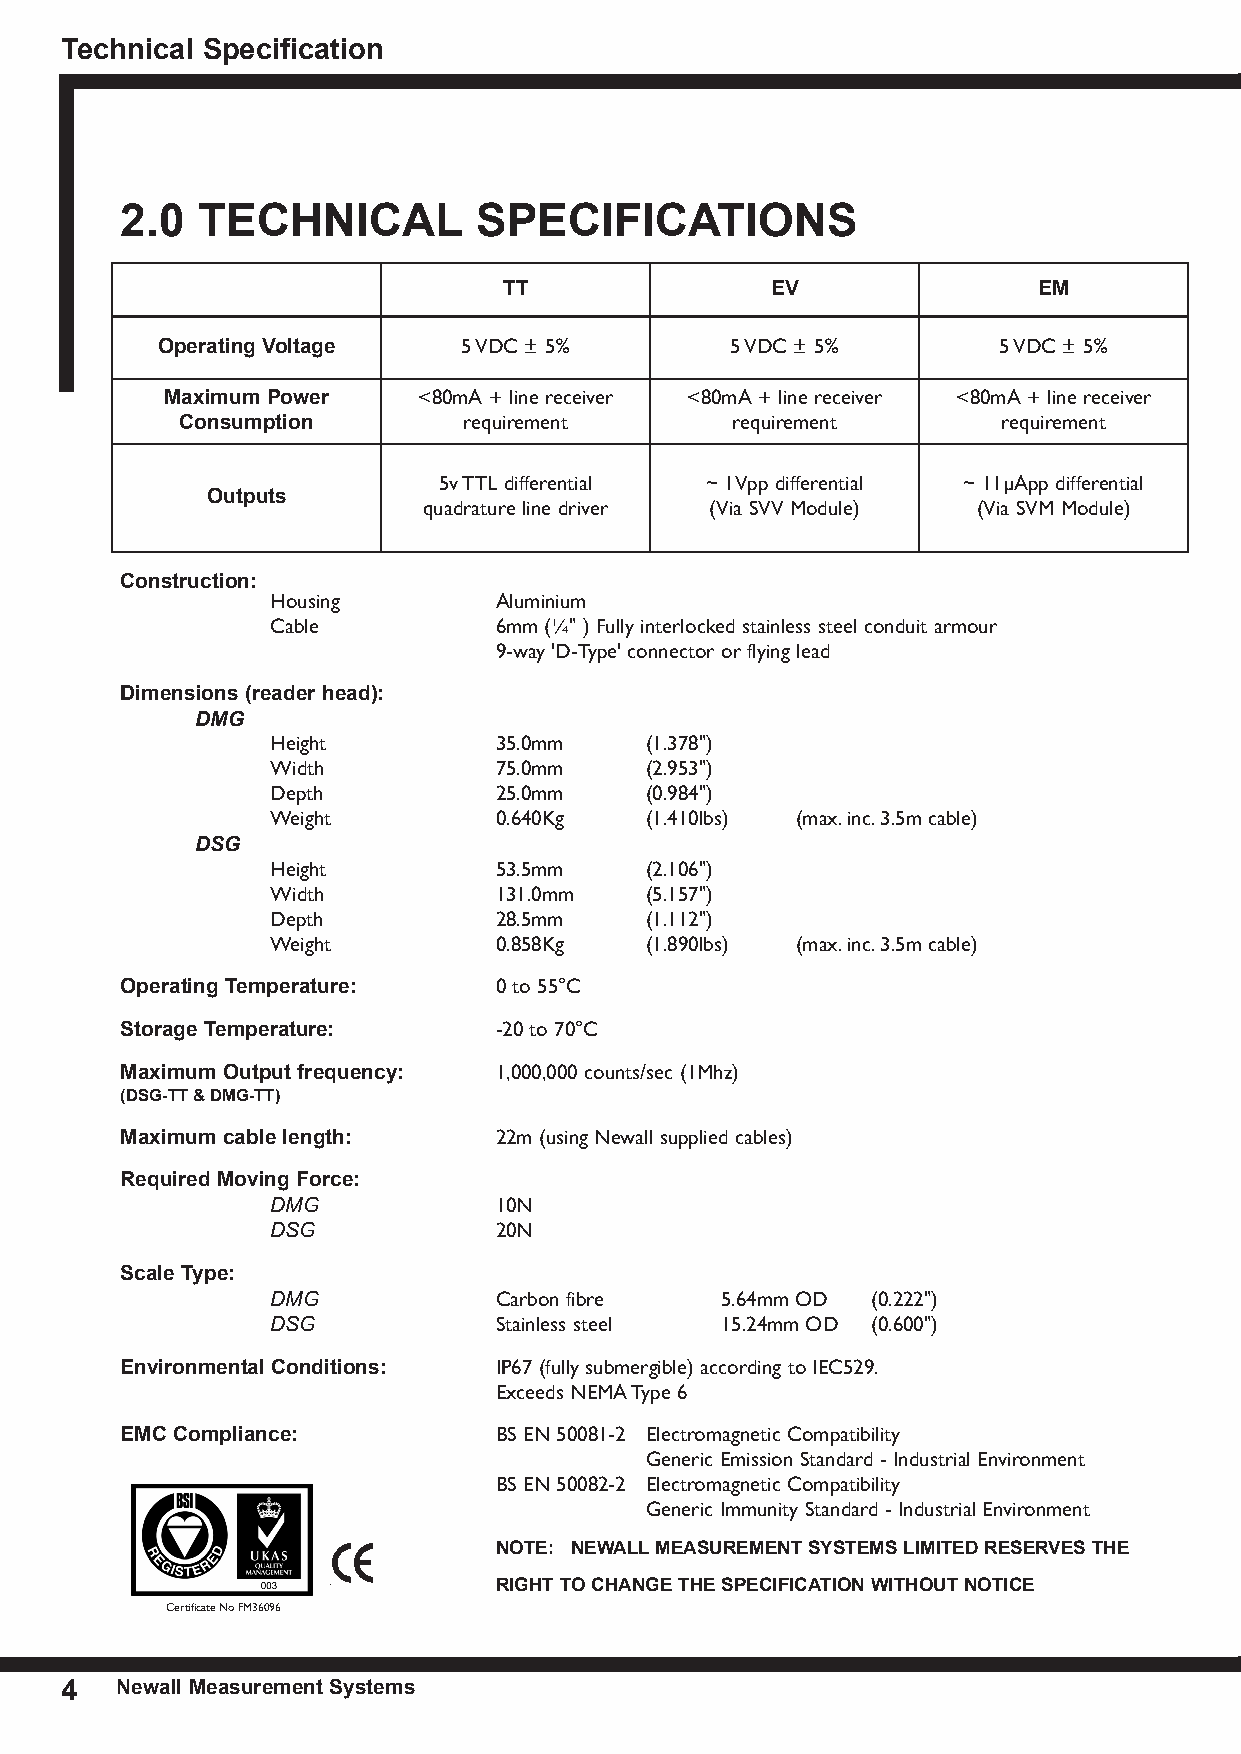
technical specification
 2.0  teCHnICAL          sPeCIFICAtIons
 tt                eV                eM
 operating Voltage    5 VDC ± 5%       5 VDC ± 5%        5 VDC ± 5%
 Maximum Power    <80mA + line receiver <80mA + line receiver <80mA + line receiver
 Consumption        requirement      requirement       requirement
 5v TTL differential ~ 1Vpp differential ~ 11µApp differential
 outputs
 quadrature line driver (Via SVV Module) (Via SVM Module)
 Construction:
 Housing        Aluminium
 Cable          6mm (¼" ) Fully interlocked stainless steel conduit armour
 9-way 'D-Type' connector or flying lead
 Dimensions (reader head):
 DMG
 Height         35.0mm    (1.378")
 Width          75.0mm    (2.953")
 Depth          25.0mm    (0.984")
 Weight         0.640Kg   (1.410lbs) (max. inc. 3.5m cable)
 DSG
 Height         53.5mm    (2.106")
 Width          131.0mm   (5.157")
 Depth          28.5mm    (1.112")
 Weight         0.858Kg   (1.890lbs) (max. inc. 3.5m cable)
 operating temperature:   0 to 55°C
 storage temperature:     -20 to 70°C
 Maximum output frequency: 1,000,000 counts/sec (1Mhz)
 (DsG-tt & DMG-tt)
 Maximum cable length:    22m (using Newall supplied cables)
 Required Moving Force:
 DMG            10N
 DSG            20N
 scale type:
 DMG            Carbon fibre   5.64mm OD (0.222")
 DSG            Stainless steel 15.24mm OD (0.600")
 environmental Conditions: IP67 (fully submergible) according to IEC529.
 Exceeds NEMA Type 6
 eMC Compliance:          BS EN 50081-2 Electromagnetic Compatibility
 Generic Emission Standard - Industrial Environment
 BS EN 50082-2 Electromagnetic Compatibility
 Generic Immunity Standard - Industrial Environment
 note: neWALL MeAsuReMent sYsteMs LIMIteD ReseRVes tHe
 RIGHt to CHAnGe tHe sPeCIFICAtIon WItHout notICe
 Certificate No FM36096
 4   newall Measurement systems